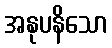
အနုပနိသော